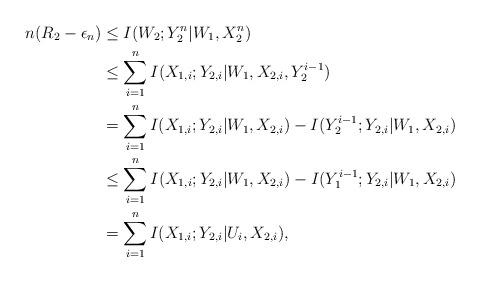
LaTeX: \begin{align*} n(R_2-\epsilon_n)&\leq I(W_2;Y_2^n|W_1,X_2^n)\\ &\leq \sum_{i=1}^n I(X_{1,i};Y_{2,i}|W_1,X_{2,i},Y_2^{i-1})\\ &=\sum_{i=1}^n I(X_{1,i};Y_{2,i}|W_1,X_{2,i})-I(Y_2^{i-1};Y_{2,i}|W_1,X_{2,i})\\ &\leq \sum_{i=1}^n I(X_{1,i};Y_{2,i}|W_1,X_{2,i})-I(Y_1^{i-1};Y_{2,i}|W_1,X_{2,i}) \\ &=\sum_{i=1}^n I(X_{1,i};Y_{2,i}|U_i,X_{2,i}),\end{align*}